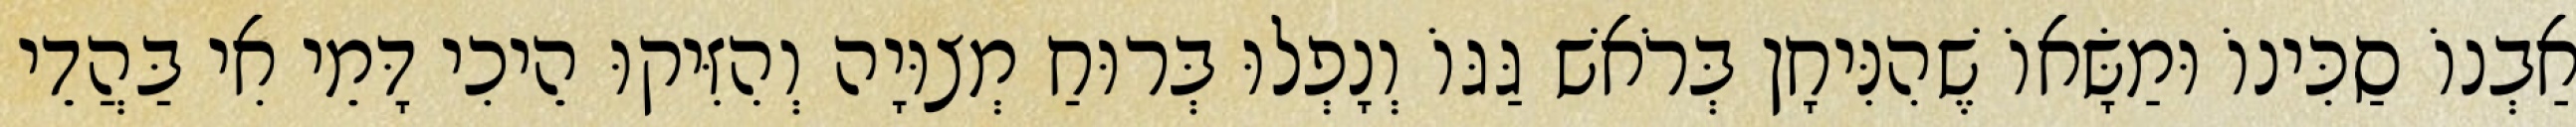
אַבְנוֹ סַכִּינוֹ וּמַשָּׂאוֹ שֶׁהִנִּיחָן בְּרֹאשׁ גַּגּוֹ וְנָפְלוּ בְּרוּחַ מְצוּיָה וְהִזִּיקוּ הֵיכִי דָּמֵי אִי בַּהֲדֵי